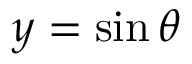
y = \sin \theta